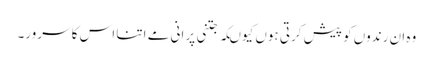
وہ ان رندوں کو پیش کرتی ہوں کیوںکہ جتنی پرانی مے اتنا اس کا سرور۔